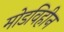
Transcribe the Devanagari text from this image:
मोडविहीन